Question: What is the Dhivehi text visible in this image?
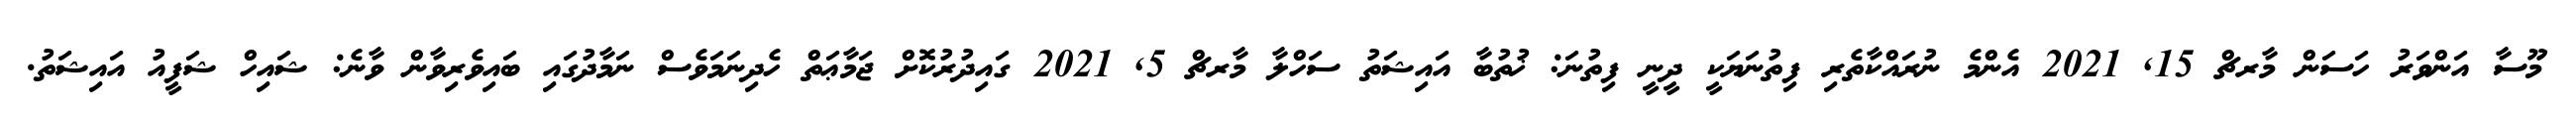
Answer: މޫސާ އަންވަރު ހަސަން މާރޗް 15, 2021 އެންމެ ނުރައްކާތެރި ފިތުނަޔަކީ ދީނީ ފިތުނަ: ޚުތުބާ އައިޝަތު ސަހްލާ މާރޗް 5, 2021 ގައިދުރުކޮށް ޖަމާޢަތް ހެދިނަމަވެސް ނަމާދުގައި ބައިވެރިވާން ވާނެ: ޝައިހް ޝަފީއު އައިޝަތު.